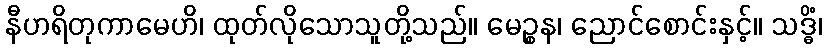
နီဟရိတုကာမေဟိ၊ ထုတ်လိုသောသူတို့သည်။ မေဉ္စန၊ ညောင်စောင်းနှင့်။ သဒ္ဓိံ၊